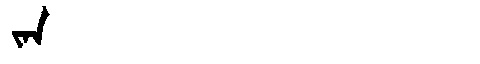
Manchu: ᠵᠠᠨ
Romanization: JAN